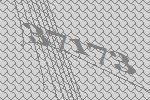
37173